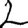
Digit: 2